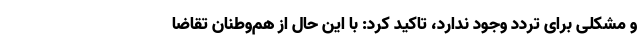
و مشکلی برای تردد وجود ندارد، تاکید کرد: با این حال از هم‌وطنان تقاضا